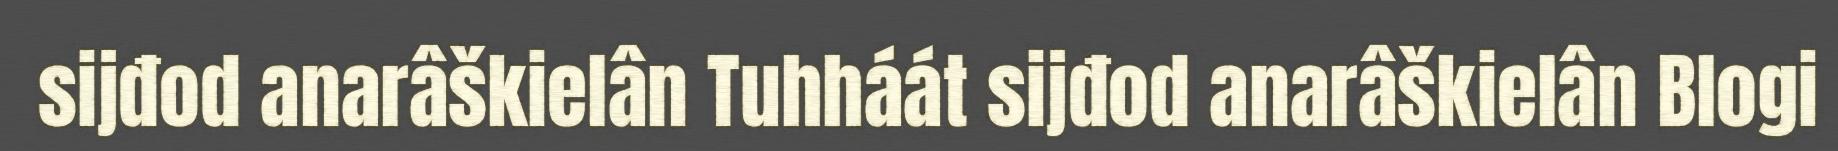
sijđod anarâškielân Tuhháát sijđod anarâškielân Blogi